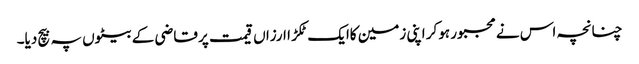
چنانچہ اس نے مجبور ہوکر اپنی زمین کاایک ٹکڑ ا ارزاں قیمت پر قاضی کے بیٹوں پہ بیچ دیا۔